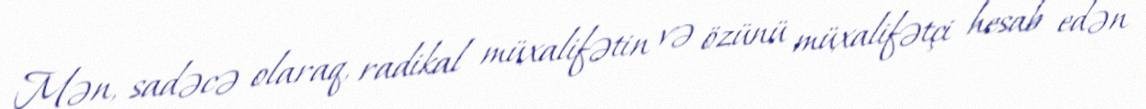
Mən, sadəcə olaraq, radikal müxalifətin və özünü müxalifətçi hesab edən